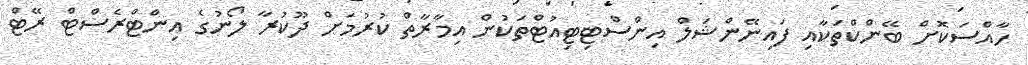
ހާއްސަކޮށް ބޭންކްތަކާއި ފައިނޭންޝަލް އިންސްޓިޓިއުޓްތަކުން އިމާރާތް ކުރުމަށް ދޫކުރާ ލޯނުގެ އިންޓްރެސްޓް ރޭޓް